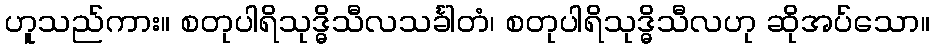
ဟူသည်ကား။ စတုပါရိသုဒ္ဓိသီလသင်္ခါတံ၊ စတုပါရိသုဒ္ဓိသီလဟု ဆိုအပ်သော။